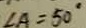
\angle A = 5 0 ^ { \circ }